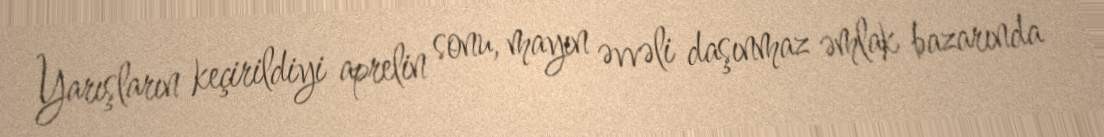
Yarışların keçirildiyi aprelin sonu, mayın əvvəli daşınmaz əmlak bazarında